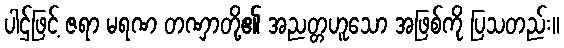
ပါဌ်ဖြင့် ဇရာ မရဏ တဏှာတို့၏ အညတ္တဟူသော အဖြစ်ကို ပြသတည်း။